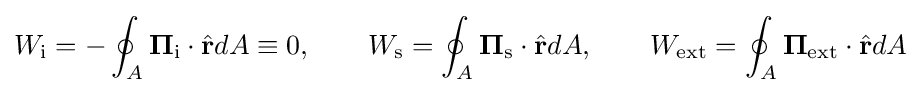
W_{\text{i}}=-\oint _{A}\mathbf {\Pi } _{\text{i}}\cdot {\hat {\mathbf {r} }}dA\equiv 0,\qquad W_{\text{s}}=\oint _{A}\mathbf {\Pi } _{\text{s}}\cdot {\hat {\mathbf {r} }}dA,\qquad W_{\text{ext}}=\oint _{A}\mathbf {\Pi } _{\text{ext}}\cdot {\hat {\mathbf {r} }}dA